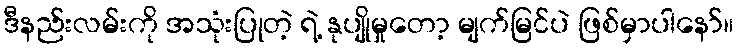
ဒီနည်းလမ်းကို အသုံးပြုတဲ့ ရဲ့ နုပျိုမှုတော့ မျက်မြင်ပဲ ဖြစ်မှာပါနော်။